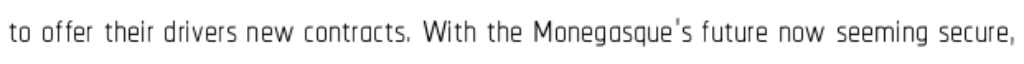
to offer their drivers new contracts. With the Monegasque's future now seeming secure,